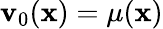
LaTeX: \mathbf{v}_{0}({\mathbf{x}})=\mu({\mathbf{x}})